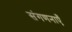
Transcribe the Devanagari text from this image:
संगणनाएँ